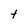
Character: t